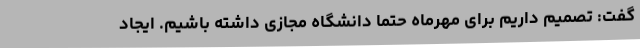
گفت: تصمیم داریم برای مهرماه حتما دانشگاه مجازی داشته باشیم. ایجاد